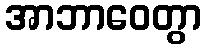
အာဘာဝေတွာ